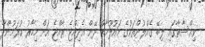
ވިއްސާރާގައި ލިބޭ ގެއްލުންތަކުގެ މައުލޫމާތު ދޭން އެދިއްޖެ ރާއްޖެ އަށް މިހާރު ކުރަމުންދާ